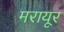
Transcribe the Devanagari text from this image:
मरायूर